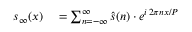
\begin{array} { r l r l } { s _ { \infty } ( x ) } & { { } = \sum _ { n = - \infty } ^ { \infty } { \hat { s } } ( n ) \cdot e ^ { i \, 2 \pi n x / P } } \end{array}